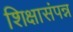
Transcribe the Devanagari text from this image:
शिक्षासंपन्न